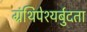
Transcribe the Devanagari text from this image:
ग्रंथिपेश्यर्बुदता